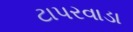
ટાપરવાડા